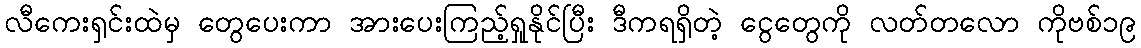
လီကေးရှင်းထဲမှ တွေပေးကာ အားပေးကြည့်ရှုနိုင်ပြီး ဒီကရရှိတဲ့ ငွေတွေကို လတ်တလော ကိုဗစ်၁၉